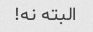
البته نه!